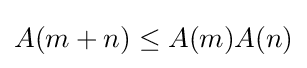
A(m+n)\leq A(m)A(n)